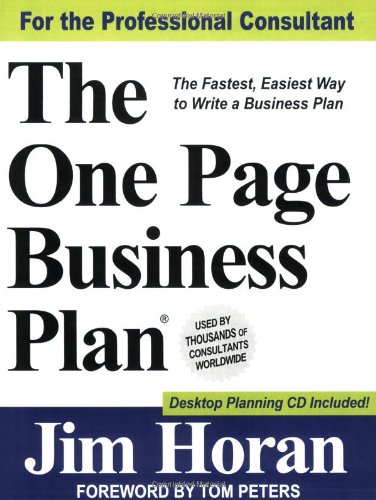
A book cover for The One Page Business Plan for the Professional Consultant; James T. Horan; Business & Money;